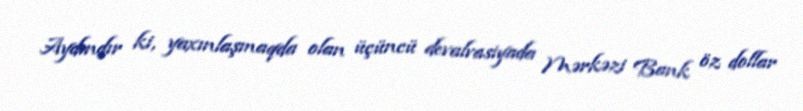
Aydındır ki, yaxınlaşmaqda olan üçüncü devalvasiyada Mərkəzi Bank öz dollar